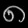
Digit: ၈